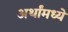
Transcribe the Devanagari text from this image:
अर्थांमध्ये